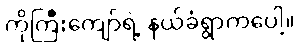
ကိုကြီးကျော်ရဲ့ နယ်ခံရွာကပေါ့။